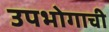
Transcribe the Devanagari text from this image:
उपभोगाची